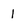
Character: 1